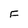
Character: F